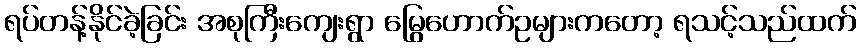
ရပ်တန့်နိုင်ခဲ့ခြင်း အစုကြီးကျေးရွာ မြွေဟောက်ဥများကတော့ ရသင့်သည်ထက်